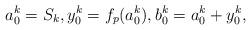
LaTeX: \begin{align*}a_0^k = S_k, y_0^k = f_p(a_0^k),b_0^k = a_0^k + y_0^k,\end{align*}